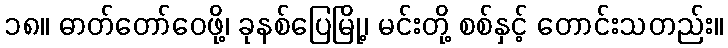
၁၈။ ဓာတ်တော်ဝေဖို့၊ ခုနစ်ပြေမြို့၊ မင်းတို့ စစ်နှင့် တောင်းသတည်း။